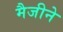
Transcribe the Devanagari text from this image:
मैजीने